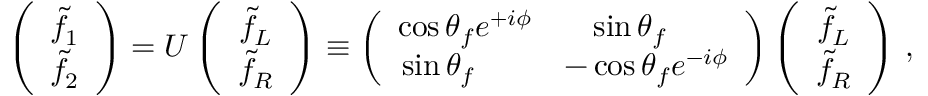
\left( \begin{array} { c } { { \tilde { f } _ { 1 } } } \\ { { \tilde { f } _ { 2 } } } \end{array} \right) = U \left( \begin{array} { c } { { \tilde { f } _ { L } } } \\ { { \tilde { f } _ { R } } } \end{array} \right) \equiv \left( \begin{array} { c c } { { \cos \theta _ { f } e ^ { + i \phi } } } & { { \ \sin \theta _ { f } \ \ \ \ } } \\ { { \sin \theta _ { f } \ \ \ \ \ } } & { { - \cos \theta _ { f } e ^ { - i \phi } } } \end{array} \right) \left( \begin{array} { c } { { \tilde { f } _ { L } } } \\ { { \tilde { f } _ { R } } } \end{array} \right) \, ,